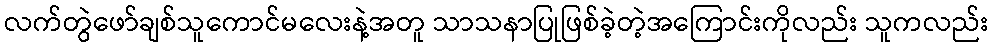
လက်တွဲဖော်ချစ်သူကောင်မလေးနဲ့အတူ သာသနာပြုဖြစ်ခဲ့တဲ့အကြောင်းကိုလည်း သူကလည်း